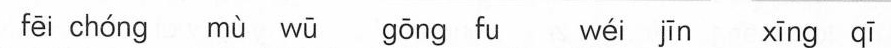
fēi chóng mù wū gōng fu wéi jīn xīng qī